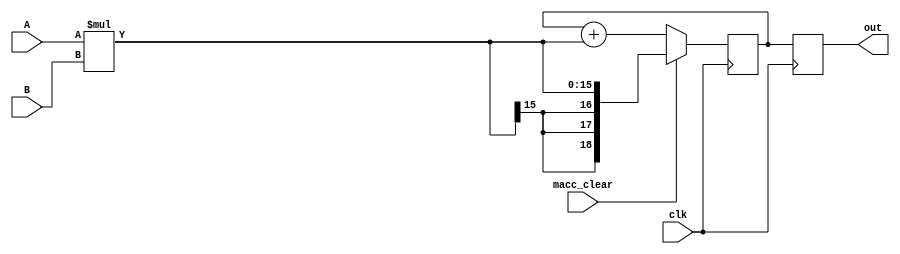
module MAC (
    input signed [7:0] A,
    input signed [7:0] B,
    input macc_clear,
    input clk,
    output reg signed [18:0] out
);

    reg signed [18:0] product;
    reg signed [18:0] accumulator;
    reg signed [18:0] next_accumulator;

    always @(A or B) begin
        //product of the inputs
        product = A * B;

        // Mux logic 
        if (macc_clear == 1) begin
            next_accumulator = product; // Clear the accumulator
        end else begin
            next_accumulator = accumulator + product; // Accumulate
        end
    end

    always @(posedge clk) begin
        // Update the accumulator with the next value
        accumulator <= next_accumulator;
    end

    // Update the output with the value of the accumulator
    always @(posedge clk) begin
        out <= accumulator;
    end

endmodule